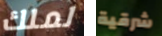
لملك شرقية